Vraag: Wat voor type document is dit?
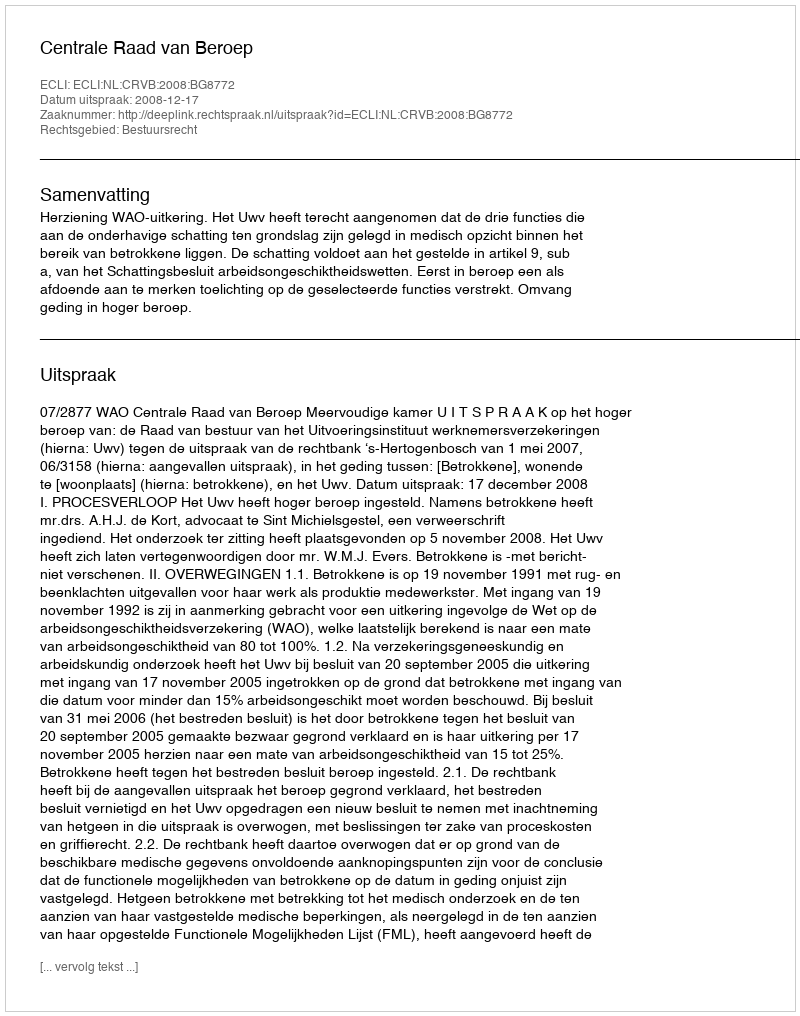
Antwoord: Uitspraak